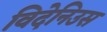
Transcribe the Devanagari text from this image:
विदेनिउस